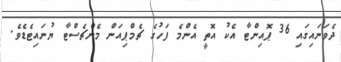
ދެވަނައިގައި 36 ޕޮއިންޓާ އެކު އޮތީ އެންމެ ފަހުގެ ޗެމްޕިއަން މެންޗެސްޓާ ޔުނައިޓެޑެވެ.